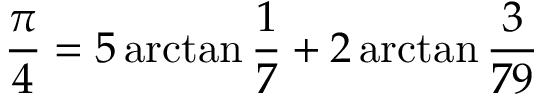
{ \frac { \pi } { 4 } } = 5 \arctan { \frac { 1 } { 7 } } + 2 \arctan { \frac { 3 } { 7 9 } }